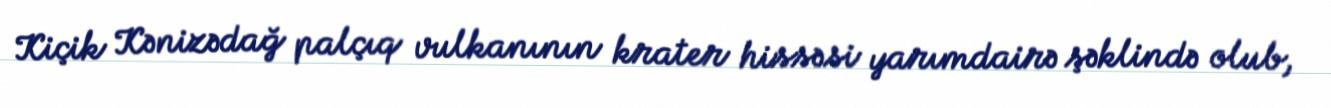
Kiçik Kənizədağ palçıq vulkanının krater hissəsi yarımdairə şəklində olub,